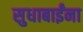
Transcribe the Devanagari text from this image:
सुधाबाईंना